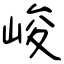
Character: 峻